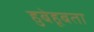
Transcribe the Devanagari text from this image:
हुबेहूबता